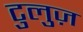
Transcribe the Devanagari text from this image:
टुलुज़